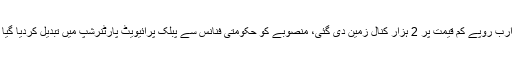
انہوں نے کہا کہ دوسرے کنٹریکٹ میں پیراگون کو 4 ارب روپے کم قیمت پر 2 ہزار کنال زمین دی گئی، منصوبے کو حکومتی فنانس سے پبلک پرائیویٹ پارٹنرشپ میں تبدیل کردیا گیا اور یہ کرنے کا بنیادی مقصد پیراگون کو فائدہ دینا تھا۔